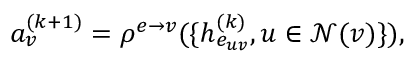
a _ { v } ^ { ( k + 1 ) } = \rho ^ { e \rightarrow v } ( \{ h _ { e _ { u v } } ^ { ( k ) } , u \in \mathcal { N } ( v ) \} ) ,